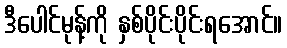
ဒီပေါင်မုန့်ကို နှစ်ပိုင်းပိုင်းရအောင်။